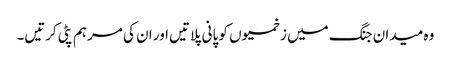
وہ میدان جنگ میں زخمیوں کو پانی پلاتیں اور ان کی مرہم پٹی کرتیں۔